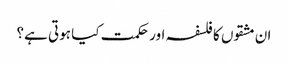
ان مشقوں کا فلسفہ اور حکمت کیا ہوتی ہے؟